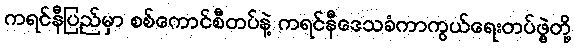
ကရင်နီပြည်မှာ စစ်ကောင်စီတပ်နဲ့ ကရင်နီဒေသခံကာကွယ်ရေးတပ်ဖွဲ့တို့